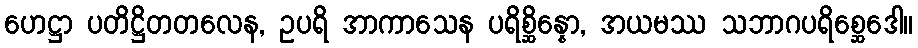
ဟေဋ္ဌာ ပတိဋ္ဌိတတလေန, ဥပရိ အာကာသေန ပရိစ္ဆိန္နော, အယမဿ သဘာဂပရိစ္ဆေဒေါ။